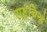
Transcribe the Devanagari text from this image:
राष्ट्रचिन्हे